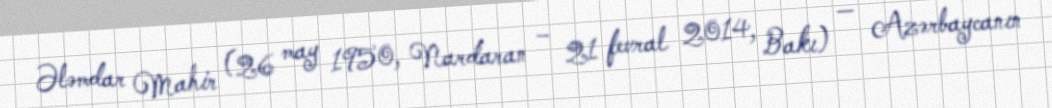
Ələmdar Mahir (26 may 1950, Nardaran – 21 fevral 2014, Bakı) — Azərbaycanın